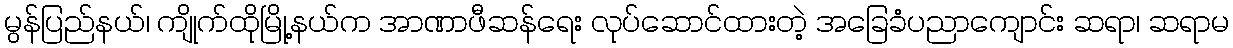
မွန်ပြည်နယ်၊ ကျိုက်ထိုမြို့နယ်က အာဏာဖီဆန်ရေး လုပ်ဆောင်ထားတဲ့ အခြေခံပညာကျောင်း ဆရာ၊ ဆရာမ